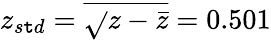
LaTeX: z_{s\mathtt{t}d}=\overline{{{\sqrt{}{{z-\bar{{z}}}}}}}=0.501